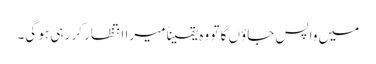
میں واپس جاؤں گا تو وہ یقیناً میرا انتظار کر رہی ہو گی۔